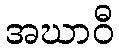
အဃာဝီ